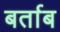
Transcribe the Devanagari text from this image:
बर्ताब